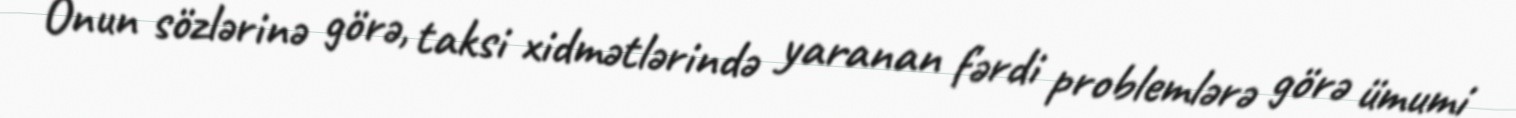
Onun sözlərinə görə, taksi xidmətlərində yaranan fərdi problemlərə görə ümumi